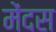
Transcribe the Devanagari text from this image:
मेंदस